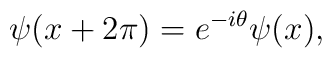
\psi (x + 2\pi) = e^{-i\theta} \psi (x),